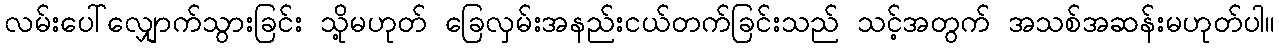
လမ်းပေါ်လျှောက်သွားခြင်း သို့မဟုတ် ခြေလှမ်းအနည်းငယ်တက်ခြင်းသည် သင့်အတွက် အသစ်အဆန်းမဟုတ်ပါ။